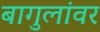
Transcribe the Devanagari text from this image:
बागुलांवर